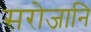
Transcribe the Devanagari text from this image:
सरोजानि